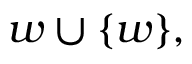
w \cup \{ w \} ,